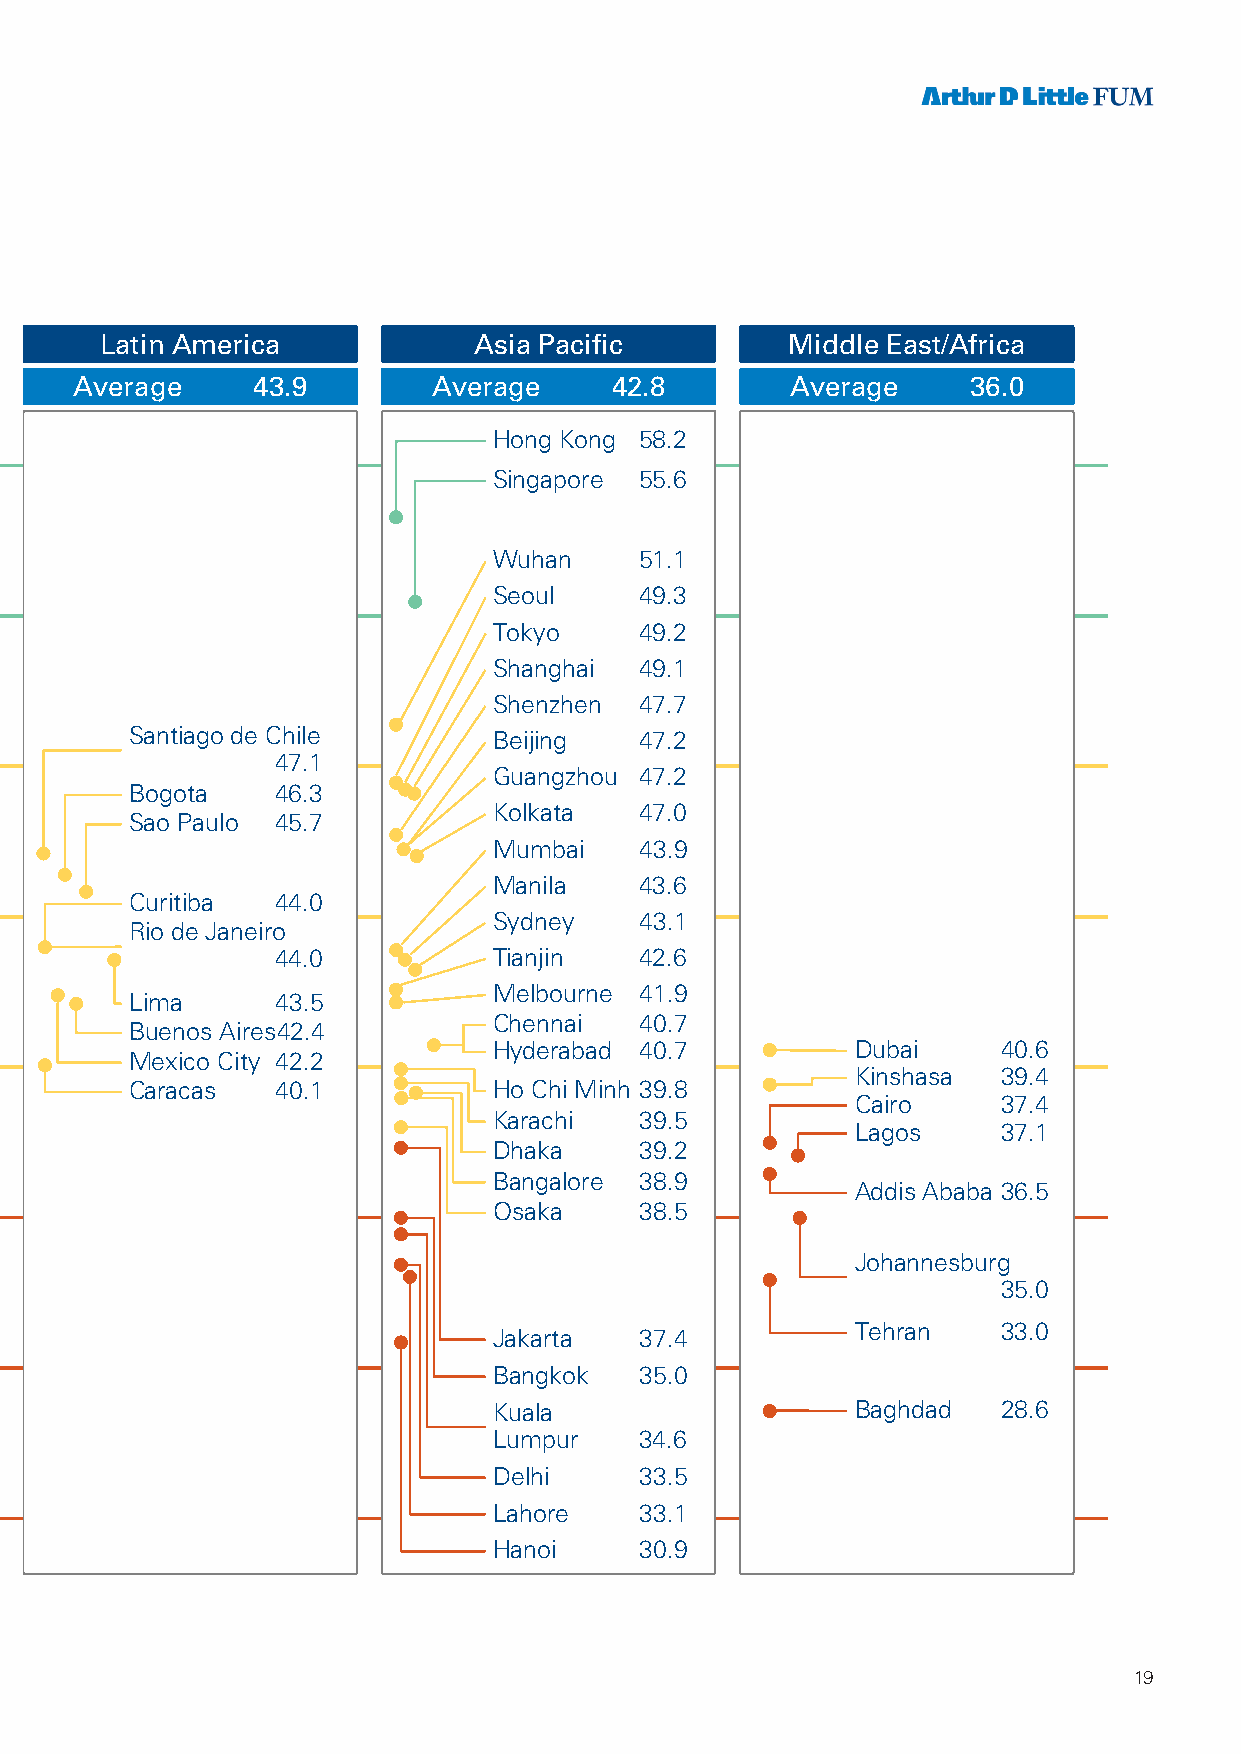
Figure 9: Urban Mobility Index by regions and cities
 Western Europe (South-)Eastern Europe USA/Canada Latin America Asia Pacific Middle East/Africa
 Average 51.5 Average 45.2 Average 39.5 Average 43.9 Average 42.8 Average 36.0
 Stockholm 57.4                   Hong Kong 58.2
 60 Amsterdam 57.2
 Singapore 55.6
 Copenhagen 56.4
 Vienna 56.0
 Wuhan    51.1
 Paris 55.4
 Zurich 54.7                      Seoul    49.3
 55
 London 53.2                      Tokyo    49.2
 Helsinki 53.2                    Shanghai 49.1
 Munich 53.0                      Shenzhen 47.7
 Stuttgart 51.9 Santiago de Chile Beijing  47.2
 50                47.1
 Berlin 51.7                      Guangzhou 47.2
 Bogota   46.3
 Madrid 50.3 Prague 47.8 New York 45.6 Kolkata 47.0
 Sao Paulo 45.7
 Hanover 50.1 Warsaw 47.8 Montreal 45.4 Mumbai 43.9
 Brussels 49.7 Istanbul 47.2 Toronto 44.4 Manila 43.6
 Curitiba 44.0
 45                               Sydney   43.1
 Barcelona 49.1 Rio de Janeiro
 Ankara 46.1 Washington 43.7
 44.0           Tianjin  42.6
 Frankfurt 48.8 (D.C.)
 Moscow 44.4
 Melbourne 41.9
 Nantes 47.7 Boston 40.9 Lima 43.5
 St. Petersb. 43.4 Buenos Aires42.4 Chennai 40.7
 40 Lisbon 41.3 Athens 40.0 Philadelphia 40.3 Mexico City 42.2 Hyderabad 40.7 Dubai 40.6
 Kinshasa 39.4
 Rome 40.9 Chicago 39.1 Caracas 40.1 Ho Chi Minh 39.8
 Cairo    37.4
 Los Angeles 38.1                 Karachi  39.5
 Lagos    37.1
 Portland 37.8                    Dhaka    39.2
 Miami 37.3                       Bangalore 38.9
 Addis Ababa 36.5
 35 Houston 34.7                  Osaka    38.5
 Dallas 33.8
 Johannesburg
 Atlanta 32.5                                                      35.0
 Tehran   33.0
 Jakarta  37.4
 30
 Bangkok  35.0
 Kuala                   Baghdad  28.6
 Lumpur   34.6
 Delhi    33.5
 25                               Lahore   33.1
 Hanoi    30.9
 19